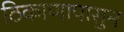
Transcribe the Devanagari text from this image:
ठिकाणापासुन